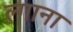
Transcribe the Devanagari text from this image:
ल्गाना